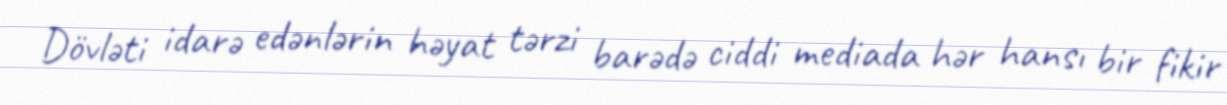
Dövləti idarə edənlərin həyat tərzi barədə ciddi mediada hər hansı bir fikir